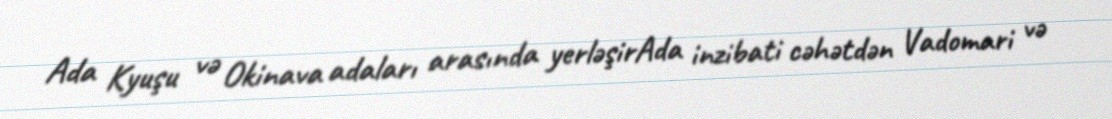
Ada Kyuşu və Okinava adaları arasında yerləşirAda inzibati cəhətdən Vadomari və